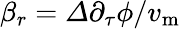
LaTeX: \beta_{r}=\varDelta{{\partial_{\tau}\phi}/{v_{\mathrm{m}}}}